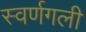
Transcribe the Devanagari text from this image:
स्वर्णगली